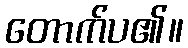
တောက်ပ၏။